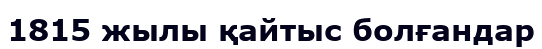
1815 жылы қайтыс болғандар